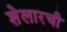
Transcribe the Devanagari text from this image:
शेलारची